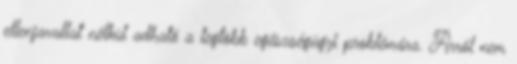
ellenjavallat nélkül adható a legtöbb egészségügyi problémára. Arról nem